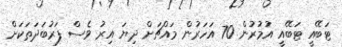
ޓަބޭއީ ޓަބޭއީ އުމުރުން 70 އަހަރުން މައްޗަށް ދިޔަ އިރު ވެސް ފަރުބަދަތަކަށް